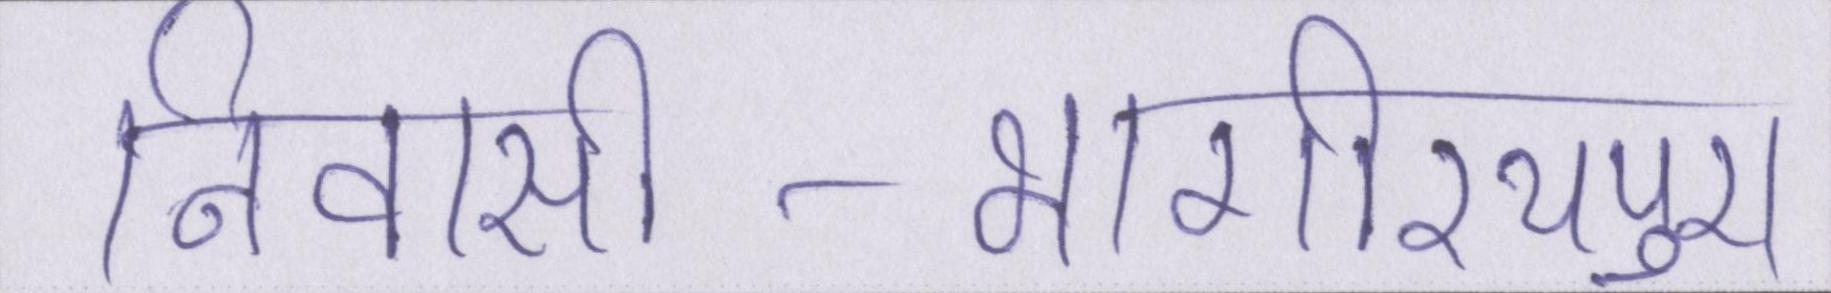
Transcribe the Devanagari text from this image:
निवासी-भागीरथपुरा